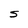
Character: S